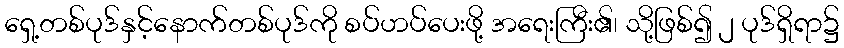
ရှေ့တစ်ပုဒ်နှင့်နောက်တစ်ပုဒ်ကို စပ်ဟပ်ပေးဖို့ အရေးကြီး၏၊ သို့ဖြစ်၍ ၂ ပုဒ်ရှိရာ၌